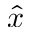
\hat { x }